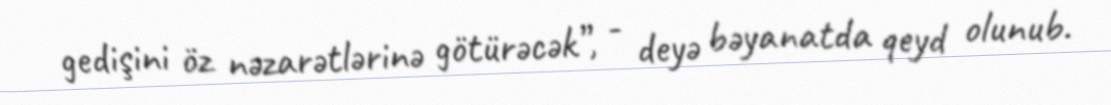
gedişini öz nəzarətlərinə götürəcək”, - deyə bəyanatda qeyd olunub.